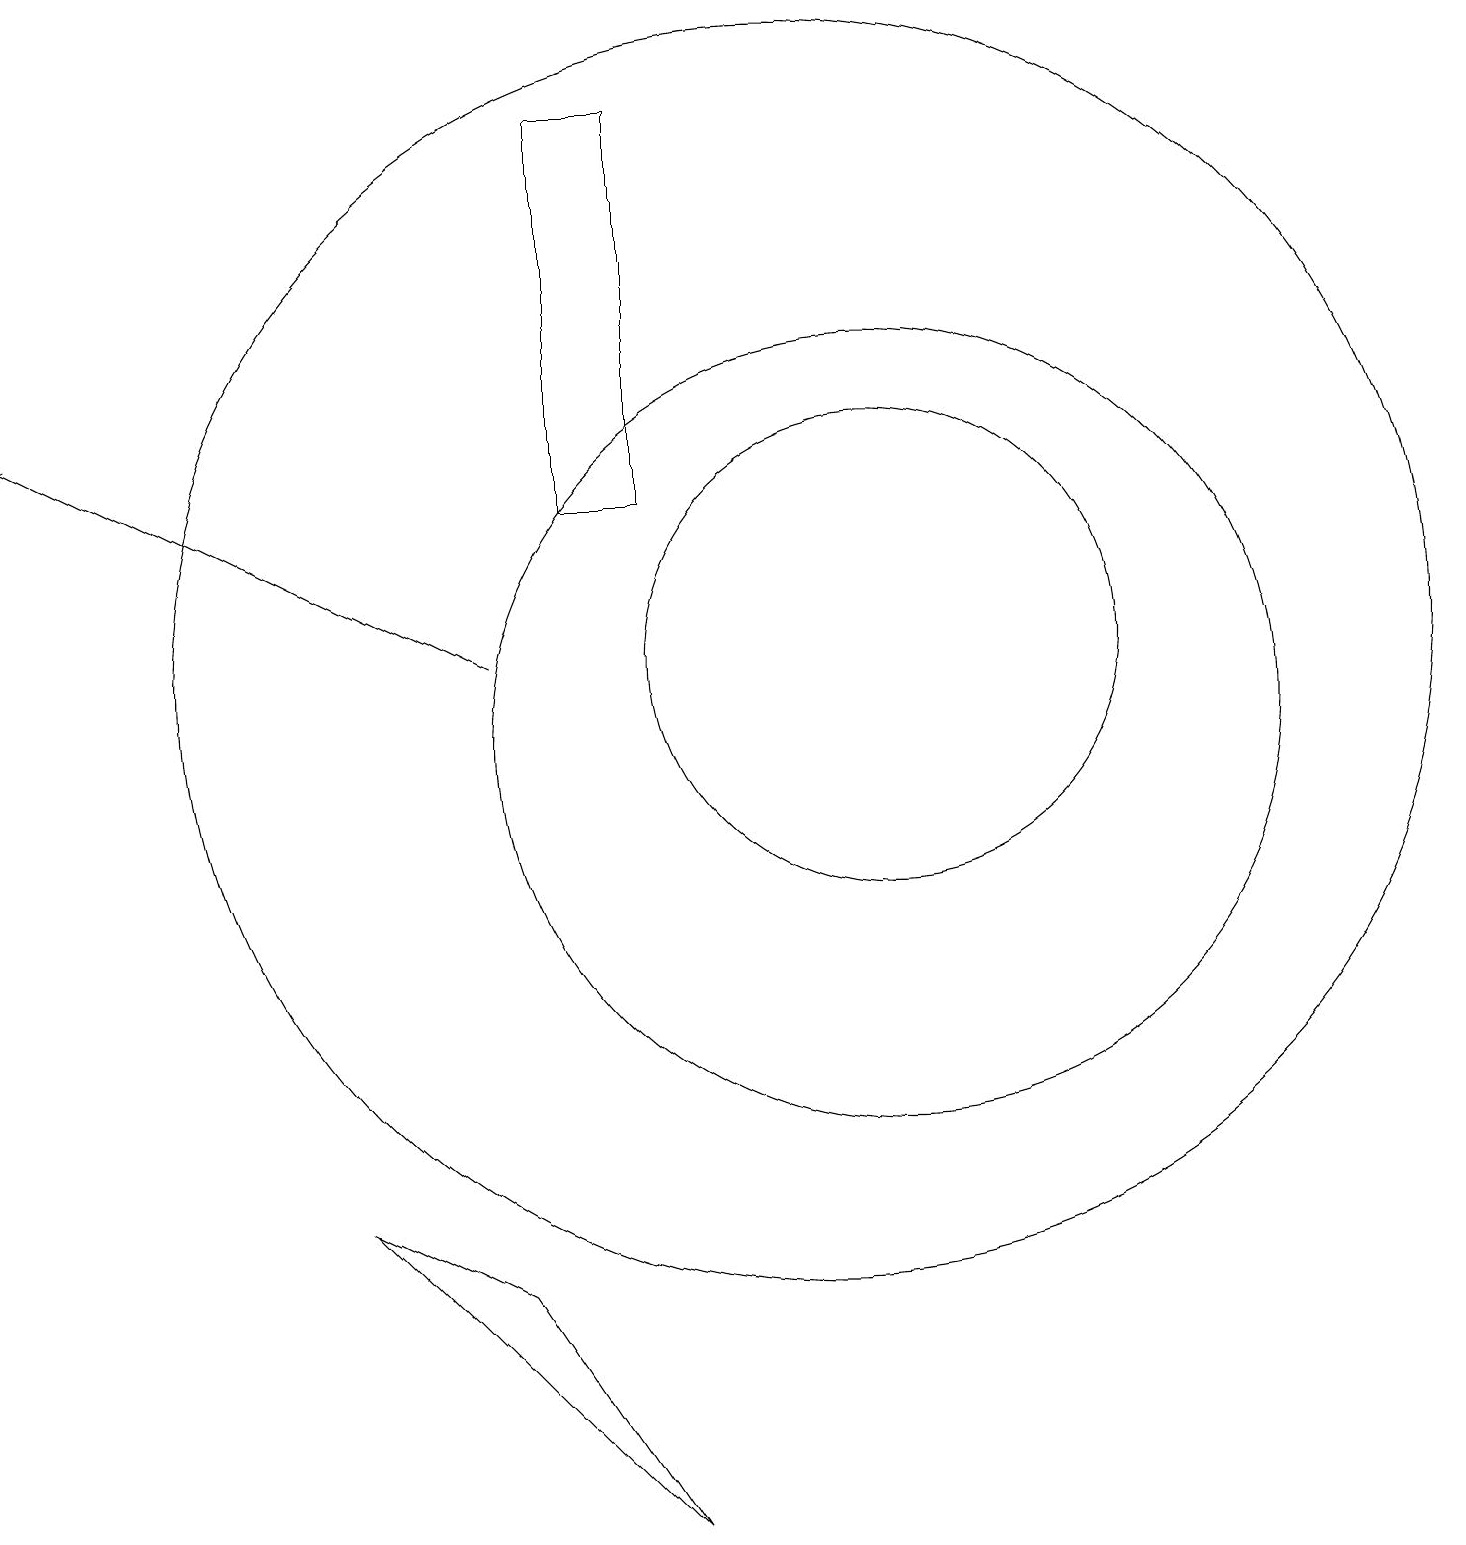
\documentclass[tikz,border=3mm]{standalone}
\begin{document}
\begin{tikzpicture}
\draw (11,11) circle (5);
\draw (7,14) rectangle (8,19);
\draw[->] (6,12) -- (0,15);
\draw (11,12) circle (3);
\draw (10,12) circle (8);
\draw (4,5) -- (6,4) -- (8,1) -- cycle;
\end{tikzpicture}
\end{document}